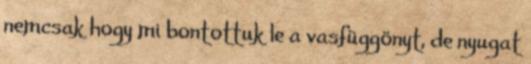
nemcsak hogy mi bontottuk le a vasfüggönyt, de nyugat